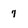
Character: 7